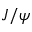
J / \psi